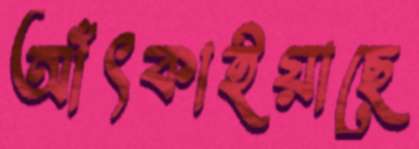
আঁৎকাইয়াছে